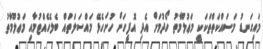
މައިގަނޑު މަސައްކަތްތަކަކީ މަޢުލޫމާތު ހޯދުމަށް އެދި އޮފީހަށް ހުށަހެޅޭ މައްސަލަތައް ބެލެހެއްޓުމާއި މަޢުލޫމާތު